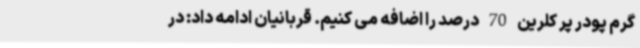
گرم پودر پر کلرین 70 درصد را اضافه می کنیم. قربانیان ادامه داد: در